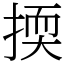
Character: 㨎